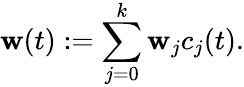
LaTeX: \mathbf{w}(t):=\sum_{j=0}^{k}\mathbf{w}_{j}c_{j}(t).